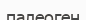
палеоген